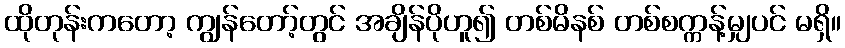
ထိုတုန်းကတော့ ကျွန်တော့်တွင် အချိန်ပိုဟူ၍ တစ်မိနစ် တစ်စက္ကန့်မျှပင် မရှိ။